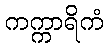
ကက္ကာရိကံ